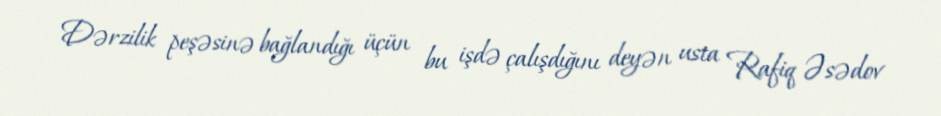
Dərzilik peşəsinə bağlandığı üçün bu işdə çalışdığını deyən usta Rafiq Əsədov